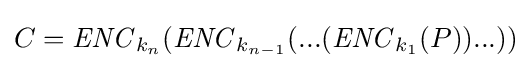
C={\mathit {ENC}}_{k_{n}}({\mathit {ENC}}_{k_{n-1}}(...({\mathit {ENC}}_{k_{1}}(P))...))